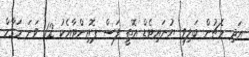
އަދި މެޗުން ބަލިވި ޔުނައިޓެޑް އޮތީ ފަސް ޕޮއިންޓާއެކު 12 ވަނަ މަގާމް